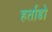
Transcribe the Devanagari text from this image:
हर्ताडो